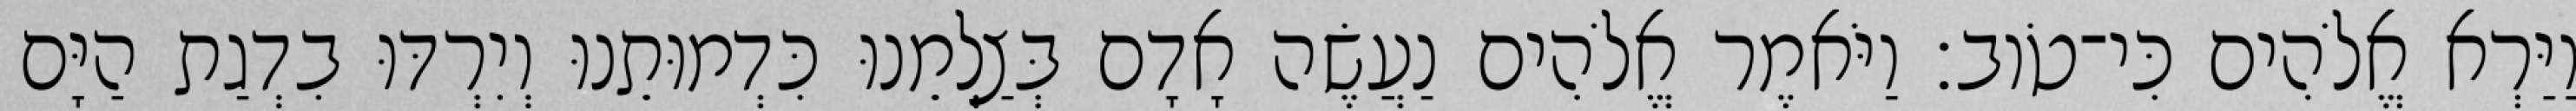
וַיַּרְא אֱלֹהִים כִּי־טֹוב׃ וַיֹּאמֶר אֱלֹהִים נַעֲשֶׂה אָדָם בְּצַלְמֵנוּ כִּדְמוּתֵנוּ וְיִרְדּוּ בִדְגַת הַיָּם